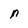
Character: n